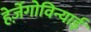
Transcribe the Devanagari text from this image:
हेर्ज़ेगोविन्याई